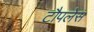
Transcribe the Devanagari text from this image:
टौपलेस